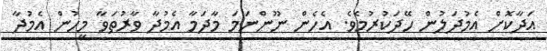
އަދާކޮށް އެމުދަލުން ހޭދަކުރުމެވެ. އެހެން ނޫންނަމަ މާދަމާ އެމުދާ ވާރުތަވާ މީހުން އެމުދާ